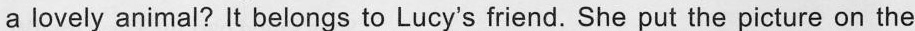
a lovely animal? It belongs to Lucy's friend. She put the picture on the